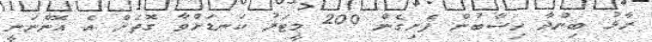
ރާޅު ބިންދާ ހިސާބުން ފެށިގެން 200 މީޓަރު ކަނޑަށްވާ ގޮތަށް އެ އޮންނަނީ